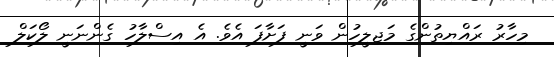
މިހާރު ރައްޔިތުންގެ މަޖިލީހުން ވަނީ ފަށާފަ އެވެ. އެ އިސްލާހު ގެންނަނީ ލޯކަލް